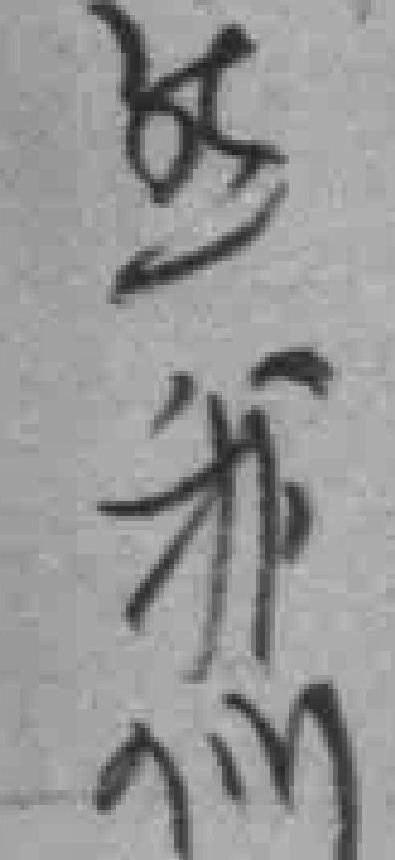
然我们